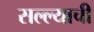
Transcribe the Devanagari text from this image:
सल्ल्याची